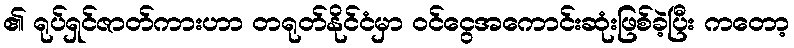
၏ ရုပ်ရှင်ဇာတ်ကားဟာ တရုတ်နိုင်ငံမှာ ဝင်ငွေအကောင်းဆုံးဖြစ်ခဲ့ပြီး ကတော့